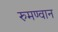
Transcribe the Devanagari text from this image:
रुमण्वान